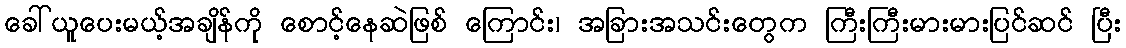
ခေါ်ယူပေးမယ့်အချိန်ကို စောင့်နေဆဲဖြစ် ကြောင်း၊ အခြားအသင်းတွေက ကြီးကြီးမားမားပြင်ဆင် ပြီး